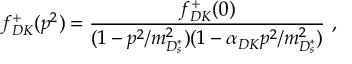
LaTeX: f _ { D K } ^ { + } ( p ^ { 2 } ) = \frac { f _ { D K } ^ { + } ( 0 ) } { ( 1 - p ^ { 2 } / m _ { D _ { s } ^ { * } } ^ { 2 } ) ( 1 - \alpha _ { D K } p ^ { 2 } / m _ { D _ { s } ^ { * } } ^ { 2 } ) } ~ ,